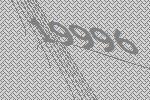
19996